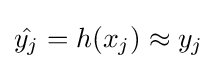
{\hat {y_{j}}}=h(x_{j})\approx y_{j}